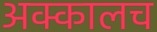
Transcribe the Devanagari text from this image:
अक्कालच